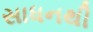
સાધનથી